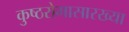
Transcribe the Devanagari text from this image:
कुष्ठरोगासारख्या